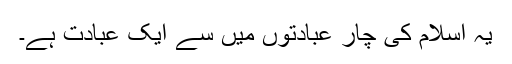
یہ اسلام کی چار عبادتوں میں سے ایک عبادت ہے۔